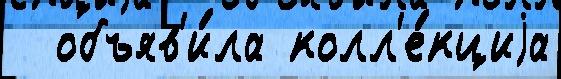
  объяв'и́ла колл'е́кциjа